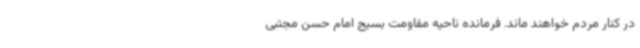
در کنار مردم خواهند ماند. فرمانده ناحیه مقاومت بسیج امام حسن مجتبی